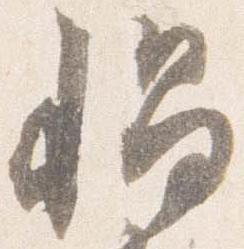
帽